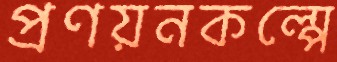
প্রণয়নকল্পে